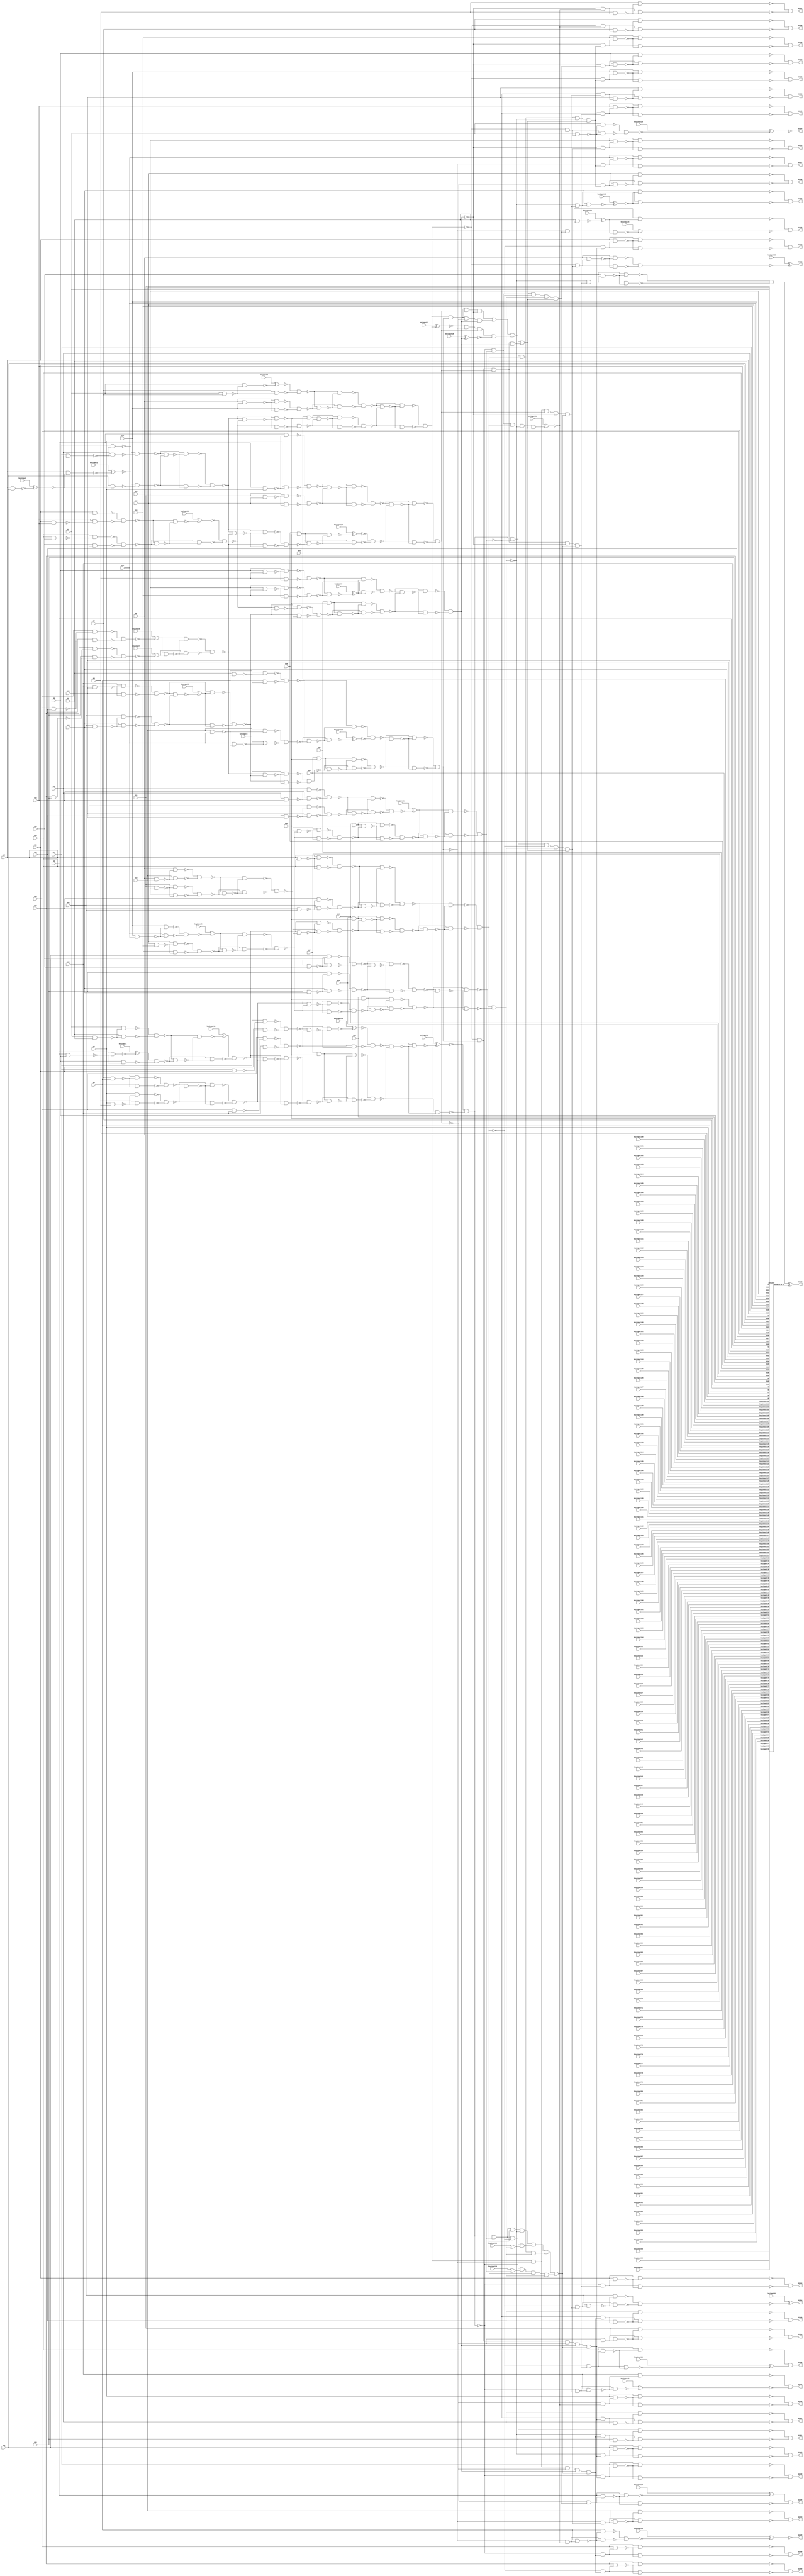
`timescale 1ns / 1ps
module c1355_NR1550 (G1,G10,G11,G12,G13,G1324,G1325,G1326,G1327,G1328,G1329,G1330,
  G1331,G1332,G1333,G1334,G1335,G1336,G1337,G1338,G1339,G1340,G1341,G1342,
  G1343,G1344,G1345,G1346,G1347,G1348,G1349,G1350,G1351,G1352,G1353,G1354,
  G1355,G14,G15,G16,G17,G18,G19,G2,G20,G21,G22,G23,G24,G25,G26,G27,G28,G29,G3,
                  G30,G31,G32,G33,G34,G35,G36,G37,G38,G39,G4,G40,G41,G5,G6,G7,G8,G9,
        keyinput0, keyinput1, keyinput2, keyinput3, keyinput4,
        keyinput5, keyinput6, keyinput7, keyinput8, keyinput9,
        keyinput10, keyinput11, keyinput12, keyinput13, keyinput14,
        keyinput15, keyinput16, keyinput17, keyinput18, keyinput19,
        keyinput20, keyinput21, keyinput22, keyinput23, keyinput24,
        keyinput25, keyinput26, keyinput27, keyinput28, keyinput29,
                  keyinput30, keyinput31,
        keyinput32, keyinput33, keyinput34, keyinput35, keyinput36,
        keyinput37, keyinput38, keyinput39, keyinput40, keyinput41,
        keyinput42, keyinput43, keyinput44, keyinput45, keyinput46,
        keyinput47, keyinput48, keyinput49, keyinput50, keyinput51,
        keyinput52, keyinput53, keyinput54, keyinput55, keyinput56,
        keyinput57, keyinput58, keyinput59, keyinput60, keyinput61,
        keyinput62, keyinput63, keyinput64, keyinput65, keyinput66,
        keyinput67, keyinput68, keyinput69, keyinput70, keyinput71,
        keyinput72, keyinput73, keyinput74, keyinput75, keyinput76,
        keyinput77, keyinput78, keyinput79, keyinput80, keyinput81,
        keyinput82, keyinput83, keyinput84, keyinput85, keyinput86,
        keyinput87, keyinput88, keyinput89, keyinput90, keyinput91,
        keyinput92, keyinput93, keyinput94, keyinput95, keyinput96,
        keyinput97, keyinput98, keyinput99, keyinput100, keyinput101,
        keyinput102, keyinput103, keyinput104, keyinput105, keyinput106,
        keyinput107, keyinput108, keyinput109, keyinput110, keyinput111,
                  keyinput112, keyinput113,
        keyinput114, keyinput115, keyinput116, keyinput117, keyinput118,
        keyinput119, keyinput120, keyinput121, keyinput122, keyinput123,
        keyinput124, keyinput125, keyinput126, keyinput127, keyinput128,
        keyinput129, keyinput130, keyinput131, keyinput132, keyinput133,
        keyinput134, keyinput135, keyinput136, keyinput137, keyinput138,
        keyinput139, keyinput140, keyinput141, keyinput142, keyinput143,
        keyinput144, keyinput145, keyinput146, keyinput147, keyinput148,
        keyinput149, keyinput150, keyinput151, keyinput152, keyinput153,
        keyinput154);

  input keyinput114, keyinput115, keyinput116, keyinput117, keyinput118;
  input keyinput119, keyinput120, keyinput121, keyinput122, keyinput123;
  input keyinput124, keyinput125, keyinput126, keyinput127, keyinput128;
  input keyinput129, keyinput130, keyinput131, keyinput132, keyinput133;
  input keyinput134, keyinput135, keyinput136, keyinput137, keyinput138;
  input keyinput139, keyinput140, keyinput141, keyinput142, keyinput143;
  input keyinput144, keyinput145, keyinput146, keyinput147, keyinput148;
  input keyinput149, keyinput150, keyinput151, keyinput152, keyinput153;
  input keyinput154;


  input keyinput32, keyinput33, keyinput34, keyinput35, keyinput36;
  input keyinput37, keyinput38, keyinput39, keyinput40, keyinput41;
  input keyinput42, keyinput43, keyinput44, keyinput45, keyinput46;
  input keyinput47, keyinput48, keyinput49, keyinput50, keyinput51;
  input keyinput52, keyinput53, keyinput54, keyinput55, keyinput56;
  input keyinput57, keyinput58, keyinput59, keyinput60, keyinput61;
  input keyinput62, keyinput63, keyinput64, keyinput65, keyinput66;
  input keyinput67, keyinput68, keyinput69, keyinput70, keyinput71;
  input keyinput72, keyinput73, keyinput74, keyinput75, keyinput76;
  input keyinput77, keyinput78, keyinput79, keyinput80, keyinput81;
  input keyinput82, keyinput83, keyinput84, keyinput85, keyinput86;
  input keyinput87, keyinput88, keyinput89, keyinput90, keyinput91;
  input keyinput92, keyinput93, keyinput94, keyinput95, keyinput96;
  input keyinput97, keyinput98, keyinput99, keyinput100, keyinput101;
  input keyinput102, keyinput103, keyinput104, keyinput105, keyinput106;
  input keyinput107, keyinput108, keyinput109, keyinput110, keyinput111;
  input keyinput112, keyinput113;

  wire KeyWire_0_1 , KeyWire_0_2;

  input keyinput0, keyinput1, keyinput2, keyinput3, keyinput4;
  input keyinput5, keyinput6, keyinput7, keyinput8, keyinput9;
  input keyinput10, keyinput11, keyinput12, keyinput13, keyinput14;
  input keyinput15, keyinput16, keyinput17, keyinput18, keyinput19;
  input keyinput20, keyinput21, keyinput22, keyinput23, keyinput24;
  input keyinput25, keyinput26, keyinput27, keyinput28, keyinput29;
  input keyinput30, keyinput31;

  wire [0:31] keyinput_Wire_0;
  wire [0:18] KeyNOTWire_0;
input G1,G2,G3,G4,G5,G6,G7,G8,G9,G10,G11,G12,G13,G14,G15,G16,G17,G18,G19,G20,
  G21,G22,G23,G24,G25,G26,G27,G28,G29,G30,G31,G32,G33,G34,G35,G36,G37,G38,G39,
  G40,G41;
output G1324,G1325,G1326,G1327,G1328,G1329,G1330,G1331,G1332,G1333,G1334,G1335,
  G1336,G1337,G1338,G1339,G1340,G1341,G1342,G1343,G1344,G1345,G1346,G1347,
  G1348,G1349,G1350,G1351,G1352,G1353,G1354,G1355;

  wire G242,G245,G248,G251,G254,G257,G260,G263,G266,G269,G272,G275,G278,G281,
    G284,G287,G290,G293,G296,G299,G302,G305,G308,G311,G314,G317,G320,G323,G326,
    G329,G332,G335,G338,G341,G344,G347,G350,G353,G356,G359,G362,G363,G364,G365,
    G366,G367,G368,G369,G370,G371,G372,G373,G374,G375,G376,G377,G378,G379,G380,
    G381,G382,G383,G384,G385,G386,G387,G388,G389,G390,G391,G392,G393,G394,G395,
    G396,G397,G398,G399,G400,G401,G402,G403,G404,G405,G406,G407,G408,G409,G410,
    G411,G412,G413,G414,G415,G416,G417,G418,G419,G420,G421,G422,G423,G424,G425,
    G426,G429,G432,G435,G438,G441,G444,G447,G450,G453,G456,G459,G462,G465,G468,
    G471,G474,G477,G480,G483,G486,G489,G492,G495,G498,G501,G504,G507,G510,G513,
    G516,G519,G522,G525,G528,G531,G534,G537,G540,G543,G546,G549,G552,G555,G558,
    G561,G564,G567,G570,G571,G572,G573,G574,G575,G576,G577,G578,G579,G580,G581,
    G582,G583,G584,G585,G586,G587,G588,G589,G590,G591,G592,G593,G594,G595,G596,
    G597,G598,G599,G600,G601,G602,G607,G612,G617,G622,G627,G632,G637,G642,G645,
    G648,G651,G654,G657,G660,G663,G666,G669,G672,G675,G678,G681,G684,G687,G690,
    G691,G692,G693,G694,G695,G696,G697,G698,G699,G700,G701,G702,G703,G704,G705,
    G706,G709,G712,G715,G718,G721,G724,G727,G730,G733,G736,G739,G742,G745,G748,
    G751,G754,G755,G756,G757,G758,G759,G760,G761,G762,G763,G764,G765,G766,G767,
    G768,G769,G770,G773,G776,G779,G782,G785,G788,G791,G794,G797,G800,G803,G806,
    G809,G812,G815,G818,G819,G820,G821,G822,G823,G824,G825,G826,G827,G828,G829,
    G830,G831,G832,G833,G834,G847,G860,G873,G886,G899,G912,G925,G938,G939,G940,
    G941,G942,G943,G944,G945,G946,G947,G948,G949,G950,G951,G952,G953,G954,G955,
    G956,G957,G958,G959,G960,G961,G962,G963,G964,G965,G966,G967,G968,G969,G970,
    G971,G972,G973,G974,G975,G976,G977,G978,G979,G980,G981,G982,G983,G984,G985,
    G986,G991,G996,G1001,G1006,G1011,G1016,G1021,G1026,G1031,G1036,G1039,G1042,
    G1045,G1048,G1051,G1054,G1057,G1060,G1063,G1066,G1069,G1072,G1075,G1078,
    G1081,G1084,G1087,G1090,G1093,G1096,G1099,G1102,G1105,G1108,G1111,G1114,
    G1117,G1120,G1123,G1126,G1129,G1132,G1135,G1138,G1141,G1144,G1147,G1150,
    G1153,G1156,G1159,G1162,G1165,G1168,G1171,G1174,G1177,G1180,G1183,G1186,
    G1189,G1192,G1195,G1198,G1201,G1204,G1207,G1210,G1213,G1216,G1219,G1222,
    G1225,G1228,G1229,G1230,G1231,G1232,G1233,G1234,G1235,G1236,G1237,G1238,
    G1239,G1240,G1241,G1242,G1243,G1244,G1245,G1246,G1247,G1248,G1249,G1250,
    G1251,G1252,G1253,G1254,G1255,G1256,G1257,G1258,G1259,G1260,G1261,G1262,
    G1263,G1264,G1265,G1266,G1267,G1268,G1269,G1270,G1271,G1272,G1273,G1274,
    G1275,G1276,G1277,G1278,G1279,G1280,G1281,G1282,G1283,G1284,G1285,G1286,
    G1287,G1288,G1289,G1290,G1291,G1292,G1293,G1294,G1295,G1296,G1297,G1298,
    G1299,G1300,G1301,G1302,G1303,G1304,G1305,G1306,G1307,G1308,G1309,G1310,
    G1311,G1312,G1313,G1314,G1315,G1316,G1317,G1318,G1319,G1320,G1321,G1322,
    G1323;

  and AND2_0(G242,G33,G41);
  and AND2_1(G245,G34,G41);
  and AND2_2(G248,G35,G41);
  and AND2_3(G251,G36,G41);
  and AND2_4(G254,G37,G41);
  and AND2_5(G257,G38,G41);
  and AND2_6(G260,G39,G41);
  and AND2_7(G263,G40,G41);
  nand NAND2_0(G266,G1,G2);
  nand NAND2_1(G269,G3,G4);
  nand NAND2_2(G272,G5,G6);
  nand NAND2_3(G275,G7,G8);
  nand NAND2_4(G278,G9,G10);
  nand NAND2_5(G281,G11,G12);
  nand NAND2_6(G284,G13,G14);
  nand NAND2_7(G287,G15,G16);
  nand NAND2_8(G290,G17,G18);
  nand NAND2_9(keyinput_Wire_0[0], G19,G20);
  xor keyGate_0_0(KeyNOTWire_0[0], keyinput0, keyinput_Wire_0[0]);
  not KeyNOTGate_0_0(G293, KeyNOTWire_0[0]);
  nand NAND2_10(G296,G21,G22);
  nand NAND2_11(G299,G23,G24);
  nand NAND2_12(G302,G25,G26);
  nand NAND2_13(G305,G27,G28);
  nand NAND2_14(G308,G29,G30);
  nand NAND2_15(G311,G31,G32);
  nand NAND2_16(G314,G1,G5);
  nand NAND2_17(G317,G9,G13);
  nand NAND2_18(G320,G2,G6);
  nand NAND2_19(G323,G10,G14);
  nand NAND2_20(G326,G3,G7);
  nand NAND2_21(G329,G11,G15);
  nand NAND2_22(G332,G4,G8);
  nand NAND2_23(G335,G12,G16);
  nand NAND2_24(G338,G17,G21);
  nand NAND2_25(G341,G25,G29);
  nand NAND2_26(G344,G18,G22);
  nand NAND2_27(G347,G26,G30);
  nand NAND2_28(G350,G19,G23);
  nand NAND2_29(G353,G27,G31);
  nand NAND2_30(G356,G20,G24);
  nand NAND2_31(G359,G28,G32);
  nand NAND2_32(G362,G1,G266);
  nand NAND2_33(G363,G2,G266);
  nand NAND2_34(keyinput_Wire_0[1], G3,G269);
  xnor keyGate_0_1(KeyNOTWire_0[1], keyinput1, keyinput_Wire_0[1]);
  not KeyNOTGate_0_1(G364, KeyNOTWire_0[1]);
  nand NAND2_35(G365,G4,G269);
  nand NAND2_36(G366,G5,G272);
  nand NAND2_37(G367,G6,G272);
  nand NAND2_38(G368,G7,G275);
  nand NAND2_39(G369,G8,G275);
  nand NAND2_40(G370,G9,G278);
  nand NAND2_41(G371,G10,G278);
  nand NAND2_42(G372,G11,G281);
  nand NAND2_43(G373,G12,G281);
  nand NAND2_44(G374,G13,G284);
  nand NAND2_45(G375,G14,G284);
  nand NAND2_46(G376,G15,G287);
  nand NAND2_47(G377,G16,G287);
  nand NAND2_48(G378,G17,G290);
  nand NAND2_49(G379,G18,G290);
  nand NAND2_50(keyinput_Wire_0[2], G19,G293);
  xor keyGate_0_2(KeyNOTWire_0[2], keyinput2, keyinput_Wire_0[2]);
  not KeyNOTGate_0_2(G380, KeyNOTWire_0[2]);
  nand NAND2_51(G381,G20,G293);
  nand NAND2_52(G382,G21,G296);
  nand NAND2_53(G383,G22,G296);
  nand NAND2_54(G384,G23,G299);
  nand NAND2_55(G385,G24,G299);
  nand NAND2_56(G386,G25,G302);
  nand NAND2_57(G387,G26,G302);
  nand NAND2_58(G388,G27,G305);
  nand NAND2_59(G389,G28,G305);
  nand NAND2_60(G390,G29,G308);
  nand NAND2_61(G391,G30,G308);
  nand NAND2_62(G392,G31,G311);
  nand NAND2_63(G393,G32,G311);
  nand NAND2_64(keyinput_Wire_0[3], G1,G314);
  xnor keyGate_0_3(G394, keyinput3, keyinput_Wire_0[3]);
  nand NAND2_65(G395,G5,G314);
  nand NAND2_66(G396,G9,G317);
  nand NAND2_67(G397,G13,G317);
  nand NAND2_68(G398,G2,G320);
  nand NAND2_69(G399,G6,G320);
  nand NAND2_70(G400,G10,G323);
  nand NAND2_71(keyinput_Wire_0[4], G14,G323);
  xnor keyGate_0_4(G401, keyinput4, keyinput_Wire_0[4]);
  nand NAND2_72(G402,G3,G326);
  nand NAND2_73(G403,G7,G326);
  nand NAND2_74(G404,G11,G329);
  nand NAND2_75(G405,G15,G329);
  nand NAND2_76(G406,G4,G332);
  nand NAND2_77(G407,G8,G332);
  nand NAND2_78(G408,G12,G335);
  nand NAND2_79(G409,G16,G335);
  nand NAND2_80(G410,G17,G338);
  nand NAND2_81(G411,G21,G338);
  nand NAND2_82(G412,G25,G341);
  nand NAND2_83(G413,G29,G341);
  nand NAND2_84(G414,G18,G344);
  nand NAND2_85(G415,G22,G344);
  nand NAND2_86(G416,G26,G347);
  nand NAND2_87(G417,G30,G347);
  nand NAND2_88(G418,G19,G350);
  nand NAND2_89(G419,G23,G350);
  nand NAND2_90(G420,G27,G353);
  nand NAND2_91(G421,G31,G353);
  nand NAND2_92(G422,G20,G356);
  nand NAND2_93(G423,G24,G356);
  nand NAND2_94(G424,G28,G359);
  nand NAND2_95(G425,G32,G359);
  nand NAND2_96(G426,G362,G363);
  nand NAND2_97(G429,G364,G365);
  nand NAND2_98(G432,G366,G367);
  nand NAND2_99(G435,G368,G369);
  nand NAND2_100(G438,G370,G371);
  nand NAND2_101(G441,G372,G373);
  nand NAND2_102(keyinput_Wire_0[5], G374,G375);
  xor keyGate_0_5(G444, keyinput5, keyinput_Wire_0[5]);
  nand NAND2_103(G447,G376,G377);
  nand NAND2_104(G450,G378,G379);
  nand NAND2_105(G453,G380,G381);
  nand NAND2_106(G456,G382,G383);
  nand NAND2_107(G459,G384,G385);
  nand NAND2_108(keyinput_Wire_0[6], G386,G387);
  xnor keyGate_0_6(KeyNOTWire_0[3], keyinput6, keyinput_Wire_0[6]);
  not KeyNOTGate_0_3(G462, KeyNOTWire_0[3]);
  nand NAND2_109(keyinput_Wire_0[7], G388,G389);
  xnor keyGate_0_7(KeyNOTWire_0[4], keyinput7, keyinput_Wire_0[7]);
  not KeyNOTGate_0_4(G465, KeyNOTWire_0[4]);
  nand NAND2_110(G468,G390,G391);
  nand NAND2_111(G471,G392,G393);
  nand NAND2_112(G474,G394,G395);
  nand NAND2_113(G477,G396,G397);
  nand NAND2_114(G480,G398,G399);
  nand NAND2_115(G483,G400,G401);
  nand NAND2_116(G486,G402,G403);
  nand NAND2_117(G489,G404,G405);
  nand NAND2_118(G492,G406,G407);
  nand NAND2_119(G495,G408,G409);
  nand NAND2_120(G498,G410,G411);
  nand NAND2_121(G501,G412,G413);
  nand NAND2_122(G504,G414,G415);
  nand NAND2_123(G507,G416,G417);
  nand NAND2_124(G510,G418,G419);
  nand NAND2_125(G513,G420,G421);
  nand NAND2_126(G516,G422,G423);
  nand NAND2_127(G519,G424,G425);
  nand NAND2_128(G522,G426,G429);
  nand NAND2_129(G525,G432,G435);
  nand NAND2_130(G528,G438,G441);
  nand NAND2_131(G531,G444,G447);
  nand NAND2_132(G534,G450,G453);
  nand NAND2_133(G537,G456,G459);
  nand NAND2_134(G540,G462,G465);
  nand NAND2_135(keyinput_Wire_0[8], G468,G471);
  xnor keyGate_0_8(KeyNOTWire_0[5], keyinput8, keyinput_Wire_0[8]);
  not KeyNOTGate_0_5(G543, KeyNOTWire_0[5]);
  nand NAND2_136(G546,G474,G477);
  nand NAND2_137(G549,G480,G483);
  nand NAND2_138(G552,G486,G489);
  nand NAND2_139(keyinput_Wire_0[9], G492,G495);
  xor keyGate_0_9(G555, keyinput9, keyinput_Wire_0[9]);
  nand NAND2_140(G558,G498,G501);
  nand NAND2_141(G561,G504,G507);
  nand NAND2_142(G564,G510,G513);
  nand NAND2_143(G567,G516,G519);
  nand NAND2_144(keyinput_Wire_0[10], G426,G522);
  xnor keyGate_0_10(KeyNOTWire_0[6], keyinput10, keyinput_Wire_0[10]);
  not KeyNOTGate_0_6(G570, KeyNOTWire_0[6]);
  nand NAND2_145(G571,G429,G522);
  nand NAND2_146(G572,G432,G525);
  nand NAND2_147(G573,G435,G525);
  nand NAND2_148(G574,G438,G528);
  nand NAND2_149(G575,G441,G528);
  nand NAND2_150(G576,G444,G531);
  nand NAND2_151(G577,G447,G531);
  nand NAND2_152(G578,G450,G534);
  nand NAND2_153(G579,G453,G534);
  nand NAND2_154(keyinput_Wire_0[11], G456,G537);
  xnor keyGate_0_11(G580, keyinput11, keyinput_Wire_0[11]);
  nand NAND2_155(G581,G459,G537);
  nand NAND2_156(G582,G462,G540);
  nand NAND2_157(G583,G465,G540);
  nand NAND2_158(G584,G468,G543);
  nand NAND2_159(G585,G471,G543);
  nand NAND2_160(G586,G474,G546);
  nand NAND2_161(G587,G477,G546);
  nand NAND2_162(G588,G480,G549);
  nand NAND2_163(keyinput_Wire_0[12], G483,G549);
  xor keyGate_0_12(KeyNOTWire_0[7], keyinput12, keyinput_Wire_0[12]);
  not KeyNOTGate_0_7(G589, KeyNOTWire_0[7]);
  nand NAND2_164(G590,G486,G552);
  nand NAND2_165(G591,G489,G552);
  nand NAND2_166(G592,G492,G555);
  nand NAND2_167(G593,G495,G555);
  nand NAND2_168(keyinput_Wire_0[13], G498,G558);
  xor keyGate_0_13(KeyNOTWire_0[8], keyinput13, keyinput_Wire_0[13]);
  not KeyNOTGate_0_8(G594, KeyNOTWire_0[8]);
  nand NAND2_169(G595,G501,G558);
  nand NAND2_170(G596,G504,G561);
  nand NAND2_171(G597,G507,G561);
  nand NAND2_172(G598,G510,G564);
  nand NAND2_173(G599,G513,G564);
  nand NAND2_174(G600,G516,G567);
  nand NAND2_175(G601,G519,G567);
  nand NAND2_176(G602,G570,G571);
  nand NAND2_177(G607,G572,G573);
  nand NAND2_178(G612,G574,G575);
  nand NAND2_179(G617,G576,G577);
  nand NAND2_180(G622,G578,G579);
  nand NAND2_181(G627,G580,G581);
  nand NAND2_182(G632,G582,G583);
  nand NAND2_183(G637,G584,G585);
  nand NAND2_184(G642,G586,G587);
  nand NAND2_185(G645,G588,G589);
  nand NAND2_186(G648,G590,G591);
  nand NAND2_187(G651,G592,G593);
  nand NAND2_188(G654,G594,G595);
  nand NAND2_189(keyinput_Wire_0[14], G596,G597);
  xor keyGate_0_14(G657, keyinput14, keyinput_Wire_0[14]);
  nand NAND2_190(G660,G598,G599);
  nand NAND2_191(G663,G600,G601);
  nand NAND2_192(G666,G602,G607);
  nand NAND2_193(G669,G612,G617);
  nand NAND2_194(G672,G602,G612);
  nand NAND2_195(G675,G607,G617);
  nand NAND2_196(G678,G622,G627);
  nand NAND2_197(G681,G632,G637);
  nand NAND2_198(G684,G622,G632);
  nand NAND2_199(G687,G627,G637);
  nand NAND2_200(G690,G602,G666);
  nand NAND2_201(G691,G607,G666);
  nand NAND2_202(G692,G612,G669);
  nand NAND2_203(G693,G617,G669);
  nand NAND2_204(G694,G602,G672);
  nand NAND2_205(G695,G612,G672);
  nand NAND2_206(G696,G607,G675);
  nand NAND2_207(G697,G617,G675);
  nand NAND2_208(G698,G622,G678);
  nand NAND2_209(G699,G627,G678);
  nand NAND2_210(G700,G632,G681);
  nand NAND2_211(G701,G637,G681);
  nand NAND2_212(G702,G622,G684);
  nand NAND2_213(G703,G632,G684);
  nand NAND2_214(G704,G627,G687);
  nand NAND2_215(G705,G637,G687);
  nand NAND2_216(G706,G690,G691);
  nand NAND2_217(G709,G692,G693);
  nand NAND2_218(G712,G694,G695);
  nand NAND2_219(G715,G696,G697);
  nand NAND2_220(G718,G698,G699);
  nand NAND2_221(G721,G700,G701);
  nand NAND2_222(G724,G702,G703);
  nand NAND2_223(G727,G704,G705);
  nand NAND2_224(G730,G242,G718);
  nand NAND2_225(G733,G245,G721);
  nand NAND2_226(G736,G248,G724);
  nand NAND2_227(G739,G251,G727);
  nand NAND2_228(G742,G254,G706);
  nand NAND2_229(G745,G257,G709);
  nand NAND2_230(G748,G260,G712);
  nand NAND2_231(G751,G263,G715);
  nand NAND2_232(G754,G242,G730);
  nand NAND2_233(G755,G718,G730);
  nand NAND2_234(G756,G245,G733);
  nand NAND2_235(G757,G721,G733);
  nand NAND2_236(keyinput_Wire_0[15], G248,G736);
  xnor keyGate_0_15(G758, keyinput15, keyinput_Wire_0[15]);
  nand NAND2_237(G759,G724,G736);
  nand NAND2_238(G760,G251,G739);
  nand NAND2_239(G761,G727,G739);
  nand NAND2_240(G762,G254,G742);
  nand NAND2_241(G763,G706,G742);
  nand NAND2_242(G764,G257,G745);
  nand NAND2_243(G765,G709,G745);
  nand NAND2_244(G766,G260,G748);
  nand NAND2_245(G767,G712,G748);
  nand NAND2_246(G768,G263,G751);
  nand NAND2_247(G769,G715,G751);
  nand NAND2_248(G770,G754,G755);
  nand NAND2_249(G773,G756,G757);
  nand NAND2_250(G776,G758,G759);
  nand NAND2_251(G779,G760,G761);
  nand NAND2_252(G782,G762,G763);
  nand NAND2_253(G785,G764,G765);
  nand NAND2_254(G788,G766,G767);
  nand NAND2_255(G791,G768,G769);
  nand NAND2_256(G794,G642,G770);
  nand NAND2_257(G797,G645,G773);
  nand NAND2_258(G800,G648,G776);
  nand NAND2_259(G803,G651,G779);
  nand NAND2_260(G806,G654,G782);
  nand NAND2_261(G809,G657,G785);
  nand NAND2_262(G812,G660,G788);
  nand NAND2_263(G815,G663,G791);
  nand NAND2_264(G818,G642,G794);
  nand NAND2_265(G819,G770,G794);
  nand NAND2_266(G820,G645,G797);
  nand NAND2_267(G821,G773,G797);
  nand NAND2_268(G822,G648,G800);
  nand NAND2_269(G823,G776,G800);
  nand NAND2_270(G824,G651,G803);
  nand NAND2_271(G825,G779,G803);
  nand NAND2_272(keyinput_Wire_0[16], G654,G806);
  xor keyGate_0_16(KeyNOTWire_0[9], keyinput16, keyinput_Wire_0[16]);
  not KeyNOTGate_0_9(G826, KeyNOTWire_0[9]);
  nand NAND2_273(G827,G782,G806);
  nand NAND2_274(G828,G657,G809);
  nand NAND2_275(G829,G785,G809);
  nand NAND2_276(G830,G660,G812);
  nand NAND2_277(G831,G788,G812);
  nand NAND2_278(G832,G663,G815);
  nand NAND2_279(G833,G791,G815);
  nand NAND2_280(G834,G818,G819);
  nand NAND2_281(G847,G820,G821);
  nand NAND2_282(G860,G822,G823);
  nand NAND2_283(G873,G824,G825);
  nand NAND2_284(G886,G828,G829);
  nand NAND2_285(G899,G832,G833);
  nand NAND2_286(G912,G830,G831);
  nand NAND2_287(G925,G826,G827);
  not NOT_0(G938,G834);
  not NOT_1(G939,G847);
  not NOT_2(G940,G860);
  not NOT_3(G941,G834);
  not NOT_4(G942,G847);
  not NOT_5(G943,G873);
  not NOT_6(keyinput_Wire_0[17], G834);
  xor keyGate_0_17(KeyNOTWire_0[10], keyinput17, keyinput_Wire_0[17]);
  not KeyNOTGate_0_10(G944, KeyNOTWire_0[10]);
  not NOT_7(G945,G860);
  not NOT_8(keyinput_Wire_0[18], G873);
  xor keyGate_0_18(KeyNOTWire_0[11], keyinput18, keyinput_Wire_0[18]);
  not KeyNOTGate_0_11(G946, KeyNOTWire_0[11]);
  not NOT_9(G947,G847);
  not NOT_10(G948,G860);
  not NOT_11(G949,G873);
  not NOT_12(G950,G886);
  not NOT_13(G951,G899);
  not NOT_14(G952,G886);
  not NOT_15(G953,G912);
  not NOT_16(G954,G925);
  not NOT_17(G955,G899);
  not NOT_18(G956,G925);
  not NOT_19(G957,G912);
  not NOT_20(G958,G925);
  not NOT_21(G959,G886);
  not NOT_22(G960,G912);
  not NOT_23(G961,G925);
  not NOT_24(G962,G886);
  not NOT_25(keyinput_Wire_0[19], G899);
  xnor keyGate_0_19(KeyNOTWire_0[12], keyinput19, keyinput_Wire_0[19]);
  not KeyNOTGate_0_12(G963, KeyNOTWire_0[12]);
  not NOT_26(G964,G925);
  not NOT_27(G965,G912);
  not NOT_28(G966,G899);
  not NOT_29(keyinput_Wire_0[20], G886);
  xnor keyGate_0_20(KeyNOTWire_0[13], keyinput20, keyinput_Wire_0[20]);
  not KeyNOTGate_0_13(G967, KeyNOTWire_0[13]);
  not NOT_30(G968,G912);
  not NOT_31(G969,G899);
  not NOT_32(G970,G847);
  not NOT_33(G971,G873);
  not NOT_34(G972,G847);
  not NOT_35(G973,G860);
  not NOT_36(G974,G834);
  not NOT_37(G975,G873);
  not NOT_38(G976,G834);
  not NOT_39(G977,G860);
  and AND4_0(G978,G938,G939,G940,G873);
  and AND4_1(G979,G941,G942,G860,G943);
  and AND4_2(G980,G944,G847,G945,G946);
  and AND4_3(G981,G834,G947,G948,G949);
  and AND4_4(G982,G958,G959,G960,G899);
  and AND4_5(G983,G961,G962,G912,G963);
  and AND4_6(G984,G964,G886,G965,G966);
  and AND4_7(G985,G925,G967,G968,G969);
  or OR4_0(G986,G978,G979,G980,G981);
  or OR4_1(G991,G982,G983,G984,G985);
  and AND5_0(G996,G925,G950,G912,G951,G986);
  and AND5_1(keyinput_Wire_0[21], G925,G952,G953,G899,G986);
  xnor keyGate_0_21(G1001, keyinput21, keyinput_Wire_0[21]);
  and AND5_2(G1006,G954,G886,G912,G955,G986);
  and AND5_3(G1011,G956,G886,G957,G899,G986);
  and AND5_4(G1016,G834,G970,G860,G971,G991);
  and AND5_5(G1021,G834,G972,G973,G873,G991);
  and AND5_6(G1026,G974,G847,G860,G975,G991);
  and AND5_7(G1031,G976,G847,G977,G873,G991);
  and AND2_8(G1036,G834,G996);
  and AND2_9(G1039,G847,G996);
  and AND2_10(G1042,G860,G996);
  and AND2_11(G1045,G873,G996);
  and AND2_12(G1048,G834,G1001);
  and AND2_13(G1051,G847,G1001);
  and AND2_14(G1054,G860,G1001);
  and AND2_15(G1057,G873,G1001);
  and AND2_16(G1060,G834,G1006);
  and AND2_17(G1063,G847,G1006);
  and AND2_18(G1066,G860,G1006);
  and AND2_19(G1069,G873,G1006);
  and AND2_20(G1072,G834,G1011);
  and AND2_21(G1075,G847,G1011);
  and AND2_22(G1078,G860,G1011);
  and AND2_23(G1081,G873,G1011);
  and AND2_24(G1084,G925,G1016);
  and AND2_25(G1087,G886,G1016);
  and AND2_26(G1090,G912,G1016);
  and AND2_27(G1093,G899,G1016);
  and AND2_28(G1096,G925,G1021);
  and AND2_29(G1099,G886,G1021);
  and AND2_30(G1102,G912,G1021);
  and AND2_31(G1105,G899,G1021);
  and AND2_32(G1108,G925,G1026);
  and AND2_33(G1111,G886,G1026);
  and AND2_34(G1114,G912,G1026);
  and AND2_35(G1117,G899,G1026);
  and AND2_36(G1120,G925,G1031);
  and AND2_37(G1123,G886,G1031);
  and AND2_38(G1126,G912,G1031);
  and AND2_39(G1129,G899,G1031);
  nand NAND2_288(G1132,G1,G1036);
  nand NAND2_289(keyinput_Wire_0[22], G2,G1039);
  xor keyGate_0_22(G1135, keyinput22, keyinput_Wire_0[22]);
  nand NAND2_290(G1138,G3,G1042);
  nand NAND2_291(G1141,G4,G1045);
  nand NAND2_292(G1144,G5,G1048);
  nand NAND2_293(G1147,G6,G1051);
  nand NAND2_294(G1150,G7,G1054);
  nand NAND2_295(G1153,G8,G1057);
  nand NAND2_296(G1156,G9,G1060);
  nand NAND2_297(G1159,G10,G1063);
  nand NAND2_298(G1162,G11,G1066);
  nand NAND2_299(G1165,G12,G1069);
  nand NAND2_300(G1168,G13,G1072);
  nand NAND2_301(G1171,G14,G1075);
  nand NAND2_302(G1174,G15,G1078);
  nand NAND2_303(G1177,G16,G1081);
  nand NAND2_304(G1180,G17,G1084);
  nand NAND2_305(G1183,G18,G1087);
  nand NAND2_306(G1186,G19,G1090);
  nand NAND2_307(G1189,G20,G1093);
  nand NAND2_308(G1192,G21,G1096);
  nand NAND2_309(G1195,G22,G1099);
  nand NAND2_310(G1198,G23,G1102);
  nand NAND2_311(G1201,G24,G1105);
  nand NAND2_312(G1204,G25,G1108);
  nand NAND2_313(G1207,G26,G1111);
  nand NAND2_314(G1210,G27,G1114);
  nand NAND2_315(G1213,G28,G1117);
  nand NAND2_316(G1216,G29,G1120);
  nand NAND2_317(G1219,G30,G1123);
  nand NAND2_318(G1222,G31,G1126);
  nand NAND2_319(keyinput_Wire_0[23], G32,G1129);
  xor keyGate_0_23(KeyNOTWire_0[14], keyinput23, keyinput_Wire_0[23]);
  not KeyNOTGate_0_14(G1225, KeyNOTWire_0[14]);
  nand NAND2_320(G1228,G1,G1132);
  nand NAND2_321(G1229,G1036,G1132);
  nand NAND2_322(G1230,G2,G1135);
  nand NAND2_323(keyinput_Wire_0[24], G1039,G1135);
  xor keyGate_0_24(KeyNOTWire_0[15], keyinput24, keyinput_Wire_0[24]);
  not KeyNOTGate_0_15(G1231, KeyNOTWire_0[15]);
  nand NAND2_324(keyinput_Wire_0[25], G3,G1138);
  xnor keyGate_0_25(KeyNOTWire_0[16], keyinput25, keyinput_Wire_0[25]);
  not KeyNOTGate_0_16(G1232, KeyNOTWire_0[16]);
  nand NAND2_325(G1233,G1042,G1138);
  nand NAND2_326(G1234,G4,G1141);
  nand NAND2_327(G1235,G1045,G1141);
  nand NAND2_328(G1236,G5,G1144);
  nand NAND2_329(G1237,G1048,G1144);
  nand NAND2_330(G1238,G6,G1147);
  nand NAND2_331(G1239,G1051,G1147);
  nand NAND2_332(G1240,G7,G1150);
  nand NAND2_333(G1241,G1054,G1150);
  nand NAND2_334(G1242,G8,G1153);
  nand NAND2_335(G1243,G1057,G1153);
  nand NAND2_336(G1244,G9,G1156);
  nand NAND2_337(G1245,G1060,G1156);
  nand NAND2_338(G1246,G10,G1159);
  nand NAND2_339(G1247,G1063,G1159);
  nand NAND2_340(G1248,G11,G1162);
  nand NAND2_341(G1249,G1066,G1162);
  nand NAND2_342(G1250,G12,G1165);
  nand NAND2_343(G1251,G1069,G1165);
  nand NAND2_344(G1252,G13,G1168);
  nand NAND2_345(G1253,G1072,G1168);
  nand NAND2_346(G1254,G14,G1171);
  nand NAND2_347(G1255,G1075,G1171);
  nand NAND2_348(G1256,G15,G1174);
  nand NAND2_349(G1257,G1078,G1174);
  nand NAND2_350(G1258,G16,G1177);
  nand NAND2_351(G1259,G1081,G1177);
  nand NAND2_352(G1260,G17,G1180);
  nand NAND2_353(G1261,G1084,G1180);
  nand NAND2_354(G1262,G18,G1183);
  nand NAND2_355(G1263,G1087,G1183);
  nand NAND2_356(G1264,G19,G1186);
  nand NAND2_357(G1265,G1090,G1186);
  nand NAND2_358(G1266,G20,G1189);
  nand NAND2_359(G1267,G1093,G1189);
  nand NAND2_360(G1268,G21,G1192);
  nand NAND2_361(G1269,G1096,G1192);
  nand NAND2_362(G1270,G22,G1195);
  nand NAND2_363(G1271,G1099,G1195);
  nand NAND2_364(G1272,G23,G1198);
  nand NAND2_365(keyinput_Wire_0[26], G1102,G1198);
  xor keyGate_0_26(G1273, keyinput26, keyinput_Wire_0[26]);
  nand NAND2_366(G1274,G24,G1201);
  nand NAND2_367(G1275,G1105,G1201);
  nand NAND2_368(G1276,G25,G1204);
  nand NAND2_369(G1277,G1108,G1204);
  nand NAND2_370(G1278,G26,G1207);
  nand NAND2_371(G1279,G1111,G1207);
  nand NAND2_372(G1280,G27,G1210);
  nand NAND2_373(G1281,G1114,G1210);
  nand NAND2_374(G1282,G28,G1213);
  nand NAND2_375(G1283,G1117,G1213);
  nand NAND2_376(G1284,G29,G1216);
  nand NAND2_377(keyinput_Wire_0[27], G1120,G1216);
  xnor keyGate_0_27(G1285, keyinput27, keyinput_Wire_0[27]);
  nand NAND2_378(G1286,G30,G1219);
  nand NAND2_379(G1287,G1123,G1219);
  nand NAND2_380(G1288,G31,G1222);
  nand NAND2_381(G1289,G1126,G1222);
  nand NAND2_382(G1290,G32,G1225);
  nand NAND2_383(G1291,G1129,G1225);
  nand NAND2_384(keyinput_Wire_0[28], G1228,G1229);
  xor keyGate_0_28(G1292, keyinput28, keyinput_Wire_0[28]);
  nand NAND2_385(G1293,G1230,G1231);
  nand NAND2_386(G1294,G1232,G1233);
  nand NAND2_387(G1295,G1234,G1235);
  nand NAND2_388(G1296,G1236,G1237);
  nand NAND2_389(keyinput_Wire_0[29], G1238,G1239);
  xor keyGate_0_29(G1297, keyinput29, keyinput_Wire_0[29]);
  nand NAND2_390(G1298,G1240,G1241);
  nand NAND2_391(G1299,G1242,G1243);
  nand NAND2_392(keyinput_Wire_0[30], G1244,G1245);
  xor keyGate_0_30(KeyNOTWire_0[17], keyinput30, keyinput_Wire_0[30]);
  not KeyNOTGate_0_17(G1300, KeyNOTWire_0[17]);
  nand NAND2_393(G1301,G1246,G1247);
  nand NAND2_394(G1302,G1248,G1249);
  nand NAND2_395(G1303,G1250,G1251);
  nand NAND2_396(G1304,G1252,G1253);
  nand NAND2_397(G1305,G1254,G1255);
  nand NAND2_398(G1306,G1256,G1257);
  nand NAND2_399(G1307,G1258,G1259);
  nand NAND2_400(G1308,G1260,G1261);
  nand NAND2_401(G1309,G1262,G1263);
  nand NAND2_402(G1310,G1264,G1265);
  nand NAND2_403(G1311,G1266,G1267);
  nand NAND2_404(G1312,G1268,G1269);
  nand NAND2_405(G1313,G1270,G1271);
  nand NAND2_406(G1314,G1272,G1273);
  nand NAND2_407(G1315,G1274,G1275);
  nand NAND2_408(G1316,G1276,G1277);
  nand NAND2_409(G1317,G1278,G1279);
  nand NAND2_410(G1318,G1280,G1281);
  nand NAND2_411(G1319,G1282,G1283);
  nand NAND2_412(G1320,G1284,G1285);
  nand NAND2_413(G1321,G1286,G1287);
  nand NAND2_414(keyinput_Wire_0[31], G1288,G1289);
  xor keyGate_0_31(KeyNOTWire_0[18], keyinput31, keyinput_Wire_0[31]);
  not KeyNOTGate_0_18(G1322, KeyNOTWire_0[18]);
  nand NAND2_415(G1323,G1290,G1291);
  not NOT_40(G1324,G1292);
  not NOT_41(G1325,G1293);
  not NOT_42(G1326,G1294);
  not NOT_43(G1327,G1295);
  not NOT_44(G1328,G1296);
  not NOT_45(G1329,G1297);
  not NOT_46(G1330,G1298);
  not NOT_47(G1331,G1299);
  not NOT_48(G1332,G1300);
  not NOT_49(G1333,G1301);
  not NOT_50(G1334,G1302);
  not NOT_51(G1335,G1303);
  not NOT_52(G1336,G1304);
  not NOT_53(G1337,G1305);
  not NOT_54(G1338,G1306);
  not NOT_55(G1339,G1307);
  not NOT_56(G1340,G1308);
  not NOT_57(G1341,G1309);
  not NOT_58(G1342,G1310);
  not NOT_59(G1343,G1311);
  not NOT_60(G1344,G1312);
  not NOT_61(G1345,G1313);
  not NOT_62(G1346,G1314);
  not NOT_63(KeyWire_0_1,G1315);
  xor flip_it (G1347, KeyWire_0_1, KeyWire_0_2 );
  not NOT_64(G1348,G1316);
  not NOT_65(G1349,G1317);
  not NOT_66(G1350,G1318);
  not NOT_67(G1351,G1319);
  not NOT_68(G1352,G1320);
  not NOT_69(G1353,G1321);
  not NOT_70(G1354,G1322);
  not NOT_71(G1355,G1323);

AntiSAT some_name( KeyWire_0_2, G9, G38, G29, G21, G2, G1, G39, G7, G5, G40, G22, G23, G17, G12, G31, G34, G16, G33, G36, G19, G32, G35, G25, G26, G11, G14, G10, G4, G37, G20, G27, G28, G41, G6, G13, G3, G18, G24, G8, G15, G30, keyinput32, keyinput33, keyinput34, keyinput35, keyinput36, keyinput37, keyinput38, keyinput39, keyinput40, keyinput41, keyinput42, keyinput43, keyinput44, keyinput45, keyinput46, keyinput47, keyinput48, keyinput49, keyinput50, keyinput51, keyinput52, keyinput53, keyinput54, keyinput55, keyinput56, keyinput57, keyinput58, keyinput59, keyinput60, keyinput61, keyinput62, keyinput63, keyinput64, keyinput65, keyinput66, keyinput67, keyinput68, keyinput69, keyinput70, keyinput71, keyinput72, keyinput73, keyinput74, keyinput75, keyinput76, keyinput77, keyinput78, keyinput79, keyinput80, keyinput81, keyinput82, keyinput83, keyinput84, keyinput85, keyinput86, keyinput87, keyinput88, keyinput89, keyinput90, keyinput91, keyinput92, keyinput93, keyinput94, keyinput95, keyinput96, keyinput97, keyinput98, keyinput99, keyinput100, keyinput101, keyinput102, keyinput103, keyinput104, keyinput105, keyinput106, keyinput107, keyinput108, keyinput109, keyinput110, keyinput111, keyinput112, keyinput113,
       keyinput114, keyinput115, keyinput116, keyinput117, keyinput118,
       keyinput119, keyinput120, keyinput121, keyinput122, keyinput123,
       keyinput124, keyinput125, keyinput126, keyinput127, keyinput128,
       keyinput129, keyinput130, keyinput131, keyinput132, keyinput133,
       keyinput134, keyinput135, keyinput136, keyinput137, keyinput138,
       keyinput139, keyinput140, keyinput141, keyinput142, keyinput143,
       keyinput144, keyinput145, keyinput146, keyinput147, keyinput148,
       keyinput149, keyinput150, keyinput151, keyinput152, keyinput153,
       keyinput154);

endmodule


/*************************************************************************/

module AntiSAT (KeyWire_0_2, G9, G38, G29, G21, G2, G1, G39, G7, G5, G40, G22, G23, G17, G12, G31, G34, G16, G33, G36, G19, G32, G35, G25, G26, G11, G14, G10, G4, G37, G20, G27, G28, G41, G6, G13, G3, G18, G24, G8, G15, G30, keyinput32, keyinput33, keyinput34, keyinput35, keyinput36, keyinput37, keyinput38, keyinput39, keyinput40, keyinput41, keyinput42, keyinput43, keyinput44, keyinput45, keyinput46, keyinput47, keyinput48, keyinput49, keyinput50, keyinput51, keyinput52, keyinput53, keyinput54, keyinput55, keyinput56, keyinput57, keyinput58, keyinput59, keyinput60, keyinput61, keyinput62, keyinput63, keyinput64, keyinput65, keyinput66, keyinput67, keyinput68, keyinput69, keyinput70, keyinput71, keyinput72, keyinput73, keyinput74, keyinput75, keyinput76, keyinput77, keyinput78, keyinput79, keyinput80, keyinput81, keyinput82, keyinput83, keyinput84, keyinput85, keyinput86, keyinput87, keyinput88, keyinput89, keyinput90, keyinput91, keyinput92, keyinput93, keyinput94, keyinput95, keyinput96, keyinput97, keyinput98, keyinput99, keyinput100, keyinput101, keyinput102, keyinput103, keyinput104, keyinput105, keyinput106, keyinput107, keyinput108, keyinput109, keyinput110, keyinput111, keyinput112, keyinput113 ,
        keyinput114, keyinput115, keyinput116, keyinput117, keyinput118,
        keyinput119, keyinput120, keyinput121, keyinput122, keyinput123,
        keyinput124, keyinput125, keyinput126, keyinput127, keyinput128,
        keyinput129, keyinput130, keyinput131, keyinput132, keyinput133,
        keyinput134, keyinput135, keyinput136, keyinput137, keyinput138,
        keyinput139, keyinput140, keyinput141, keyinput142, keyinput143,
        keyinput144, keyinput145, keyinput146, keyinput147, keyinput148,
        keyinput149, keyinput150, keyinput151, keyinput152, keyinput153,
        keyinput154);

  input keyinput114, keyinput115, keyinput116, keyinput117, keyinput118;
  input keyinput119, keyinput120, keyinput121, keyinput122, keyinput123;
  input keyinput124, keyinput125, keyinput126, keyinput127, keyinput128;
  input keyinput129, keyinput130, keyinput131, keyinput132, keyinput133;
  input keyinput134, keyinput135, keyinput136, keyinput137, keyinput138;
  input keyinput139, keyinput140, keyinput141, keyinput142, keyinput143;
  input keyinput144, keyinput145, keyinput146, keyinput147, keyinput148;
  input keyinput149, keyinput150, keyinput151, keyinput152, keyinput153;
  input keyinput154;

  wire [0:40] keyNTin_Wire_1;
  wire [0:22] KeyNOTWire_1;

  input G9, G38, G29, G21, G2, G1, G39, G7, G5, G40, G22, G23, G17, G12, G31, G34, G16, G33, G36, G19, G32, G35, G25, G26, G11, G14, G10, G4, G37, G20, G27, G28, G41, G6, G13, G3, G18, G24, G8, G15, G30;
  input keyinput32, keyinput33, keyinput34, keyinput35, keyinput36, keyinput37, keyinput38, keyinput39, keyinput40, keyinput41, keyinput42, keyinput43, keyinput44, keyinput45, keyinput46, keyinput47, keyinput48, keyinput49, keyinput50, keyinput51, keyinput52, keyinput53, keyinput54, keyinput55, keyinput56, keyinput57, keyinput58, keyinput59, keyinput60, keyinput61, keyinput62, keyinput63, keyinput64, keyinput65, keyinput66, keyinput67, keyinput68, keyinput69, keyinput70, keyinput71, keyinput72, keyinput73, keyinput74, keyinput75, keyinput76, keyinput77, keyinput78, keyinput79, keyinput80, keyinput81, keyinput82, keyinput83, keyinput84, keyinput85, keyinput86, keyinput87, keyinput88, keyinput89, keyinput90, keyinput91, keyinput92, keyinput93, keyinput94, keyinput95, keyinput96, keyinput97, keyinput98, keyinput99, keyinput100, keyinput101, keyinput102, keyinput103, keyinput104, keyinput105, keyinput106, keyinput107, keyinput108, keyinput109, keyinput110, keyinput111, keyinput112, keyinput113;
  output KeyWire_0_2;
  wire newWire_0, newWire_1, newWire_2, newWire_3, newWire_4, newWire_5, newWire_6, newWire_7, newWire_8, newWire_9, newWire_10, newWire_11, newWire_12, newWire_13, newWire_14, newWire_15, newWire_16, newWire_17, newWire_18, newWire_19, newWire_20, newWire_21, newWire_22, newWire_23, newWire_24, newWire_25, newWire_26, newWire_27, newWire_28, newWire_29, newWire_30, newWire_31, newWire_32, newWire_33, newWire_34, newWire_35, newWire_36, newWire_37, newWire_38, newWire_39, newWire_40, newWire_41, newWire_42, newWire_43, newWire_44, newWire_45, newWire_46, newWire_47, newWire_48, newWire_49, newWire_50, newWire_51, newWire_52, newWire_53, newWire_54, newWire_55, newWire_56, newWire_57, newWire_58, newWire_59, newWire_60, newWire_61, newWire_62, newWire_63, newWire_64, newWire_65, newWire_66, newWire_67, newWire_68, newWire_69, newWire_70, newWire_71, newWire_72, newWire_73, newWire_74, newWire_75, newWire_76, newWire_77, newWire_78, newWire_79, newWire_80, newWire_81, newWire_82, newWire_83 ;

  xnor KeyGate0 (keyNTin_Wire_1[0], G9, keyinput32);
  xnor keyNTinGate_1_0(newWire_0, keyinput114, keyNTin_Wire_1[0]);
  xnor KeyGate1 (newWire_1, G38, keyinput33);
  xnor KeyGate2 (newWire_2, G29, keyinput34);
  xor  KeyGate3 (keyNTin_Wire_1[1], G21, keyinput35);
  xnor keyNTinGate_1_1(KeyNOTWire_1[0], keyinput115, keyNTin_Wire_1[1]);
  not KeyNOTGate_1_0(newWire_3, KeyNOTWire_1[0]);
  xnor KeyGate4 (newWire_4, G2, keyinput36);
  xor  KeyGate5 (newWire_5, G1, keyinput37);
  xor  KeyGate6 (keyNTin_Wire_1[2], G39, keyinput38);
  xnor keyNTinGate_1_2(KeyNOTWire_1[1], keyinput116, keyNTin_Wire_1[2]);
  not KeyNOTGate_1_1(newWire_6, KeyNOTWire_1[1]);
  xor  KeyGate7 (newWire_7, G7, keyinput39);
  xor  KeyGate8 (newWire_8, G5, keyinput40);
  xnor KeyGate9 (keyNTin_Wire_1[3], G40, keyinput41);
  xor keyNTinGate_1_3(KeyNOTWire_1[2], keyinput117, keyNTin_Wire_1[3]);
  not KeyNOTGate_1_2(newWire_9, KeyNOTWire_1[2]);
  xor  KeyGate10 (newWire_10, G22, keyinput42);
  xor  KeyGate11 (newWire_11, G23, keyinput43);
  xor  KeyGate12 (newWire_12, G17, keyinput44);
  xnor KeyGate13 (keyNTin_Wire_1[4], G12, keyinput45);
  xor keyNTinGate_1_4(newWire_13, keyinput118, keyNTin_Wire_1[4]);
  xnor KeyGate14 (keyNTin_Wire_1[5], G31, keyinput46);
  xor keyNTinGate_1_5(newWire_14, keyinput119, keyNTin_Wire_1[5]);
  xnor KeyGate15 (newWire_15, G34, keyinput47);
  xor  KeyGate16 (newWire_16, G16, keyinput48);
  xor  KeyGate17 (keyNTin_Wire_1[6], G33, keyinput49);
  xnor keyNTinGate_1_6(newWire_17, keyinput120, keyNTin_Wire_1[6]);
  xor  KeyGate18 (newWire_18, G36, keyinput50);
  xor  KeyGate19 (keyNTin_Wire_1[7], G19, keyinput51);
  xnor keyNTinGate_1_7(newWire_19, keyinput121, keyNTin_Wire_1[7]);
  xor  KeyGate20 (newWire_20, G32, keyinput52);
  xnor KeyGate21 (newWire_21, G35, keyinput53);
  xnor KeyGate22 (keyNTin_Wire_1[8], G25, keyinput54);
  xor keyNTinGate_1_8(KeyNOTWire_1[3], keyinput122, keyNTin_Wire_1[8]);
  not KeyNOTGate_1_3(newWire_22, KeyNOTWire_1[3]);
  xor  KeyGate23 (newWire_23, G26, keyinput55);
  xor  KeyGate24 (newWire_24, G11, keyinput56);
  xnor KeyGate25 (newWire_25, G14, keyinput57);
  xor  KeyGate26 (newWire_26, G10, keyinput58);
  xor  KeyGate27 (newWire_27, G4, keyinput59);
  xnor KeyGate28 (keyNTin_Wire_1[9], G37, keyinput60);
  xnor keyNTinGate_1_9(KeyNOTWire_1[4], keyinput123, keyNTin_Wire_1[9]);
  not KeyNOTGate_1_4(newWire_28, KeyNOTWire_1[4]);
  xor  KeyGate29 (keyNTin_Wire_1[10], G20, keyinput61);
  xnor keyNTinGate_1_10(KeyNOTWire_1[5], keyinput124, keyNTin_Wire_1[10]);
  not KeyNOTGate_1_5(newWire_29, KeyNOTWire_1[5]);
  xnor KeyGate30 (newWire_30, G27, keyinput62);
  xor  KeyGate31 (keyNTin_Wire_1[11], G28, keyinput63);
  xor keyNTinGate_1_11(newWire_31, keyinput125, keyNTin_Wire_1[11]);
  xnor KeyGate32 (newWire_32, G41, keyinput64);
  xnor KeyGate33 (newWire_33, G6, keyinput65);
  xor  KeyGate34 (keyNTin_Wire_1[12], G13, keyinput66);
  xor keyNTinGate_1_12(newWire_34, keyinput126, keyNTin_Wire_1[12]);
  xor  KeyGate35 (keyNTin_Wire_1[13], G3, keyinput67);
  xor keyNTinGate_1_13(newWire_35, keyinput127, keyNTin_Wire_1[13]);
  xor  KeyGate36 (keyNTin_Wire_1[14], G18, keyinput68);
  xor keyNTinGate_1_14(newWire_36, keyinput128, keyNTin_Wire_1[14]);
  xor  KeyGate37 (newWire_37, G24, keyinput69);
  xnor KeyGate38 (keyNTin_Wire_1[15], G8, keyinput70);
  xor keyNTinGate_1_15(KeyNOTWire_1[6], keyinput129, keyNTin_Wire_1[15]);
  not KeyNOTGate_1_6(newWire_38, KeyNOTWire_1[6]);
  xor  KeyGate39 (newWire_39, G15, keyinput71);
  xor  KeyGate40 (keyNTin_Wire_1[16], G30, keyinput72);
  xor keyNTinGate_1_16(newWire_40, keyinput130, keyNTin_Wire_1[16]);
  xor  KeyGate41 (keyNTin_Wire_1[17], G9, keyinput73);
  xnor keyNTinGate_1_17(newWire_41, keyinput131, keyNTin_Wire_1[17]);
  xor  KeyGate42 (newWire_42, G38, keyinput74);
  xor  KeyGate43 (keyNTin_Wire_1[18], G29, keyinput75);
  xor keyNTinGate_1_18(KeyNOTWire_1[7], keyinput132, keyNTin_Wire_1[18]);
  not KeyNOTGate_1_7(newWire_43, KeyNOTWire_1[7]);
  xor  KeyGate44 (keyNTin_Wire_1[19], G21, keyinput76);
  xor keyNTinGate_1_19(newWire_44, keyinput133, keyNTin_Wire_1[19]);
  xnor KeyGate45 (newWire_45, G2, keyinput77);
  xor  KeyGate46 (keyNTin_Wire_1[20], G1, keyinput78);
  xnor keyNTinGate_1_20(KeyNOTWire_1[8], keyinput134, keyNTin_Wire_1[20]);
  not KeyNOTGate_1_8(newWire_46, KeyNOTWire_1[8]);
  xnor KeyGate47 (keyNTin_Wire_1[21], G39, keyinput79);
  xor keyNTinGate_1_21(KeyNOTWire_1[9], keyinput135, keyNTin_Wire_1[21]);
  not KeyNOTGate_1_9(newWire_47, KeyNOTWire_1[9]);
  xnor KeyGate48 (newWire_48, G7, keyinput80);
  xnor KeyGate49 (newWire_49, G5, keyinput81);
  xor  KeyGate50 (newWire_50, G40, keyinput82);
  xnor KeyGate51 (newWire_51, G22, keyinput83);
  xor  KeyGate52 (keyNTin_Wire_1[22], G23, keyinput84);
  xnor keyNTinGate_1_22(KeyNOTWire_1[10], keyinput136, keyNTin_Wire_1[22]);
  not KeyNOTGate_1_10(newWire_52, KeyNOTWire_1[10]);
  xor  KeyGate53 (newWire_53, G17, keyinput85);
  xnor KeyGate54 (newWire_54, G12, keyinput86);
  xnor KeyGate55 (newWire_55, G31, keyinput87);
  xnor KeyGate56 (keyNTin_Wire_1[23], G34, keyinput88);
  xor keyNTinGate_1_23(KeyNOTWire_1[11], keyinput137, keyNTin_Wire_1[23]);
  not KeyNOTGate_1_11(newWire_56, KeyNOTWire_1[11]);
  xor  KeyGate57 (newWire_57, G16, keyinput89);
  xor  KeyGate58 (newWire_58, G33, keyinput90);
  xor  KeyGate59 (newWire_59, G36, keyinput91);
  xor  KeyGate60 (keyNTin_Wire_1[24], G19, keyinput92);
  xnor keyNTinGate_1_24(KeyNOTWire_1[12], keyinput138, keyNTin_Wire_1[24]);
  not KeyNOTGate_1_12(newWire_60, KeyNOTWire_1[12]);
  xnor KeyGate61 (newWire_61, G32, keyinput93);
  xnor KeyGate62 (newWire_62, G35, keyinput94);
  xor  KeyGate63 (keyNTin_Wire_1[25], G25, keyinput95);
  xnor keyNTinGate_1_25(KeyNOTWire_1[13], keyinput139, keyNTin_Wire_1[25]);
  not KeyNOTGate_1_13(newWire_63, KeyNOTWire_1[13]);
  xnor KeyGate64 (keyNTin_Wire_1[26], G26, keyinput96);
  xnor keyNTinGate_1_26(newWire_64, keyinput140, keyNTin_Wire_1[26]);
  xnor KeyGate65 (keyNTin_Wire_1[27], G11, keyinput97);
  xnor keyNTinGate_1_27(KeyNOTWire_1[14], keyinput141, keyNTin_Wire_1[27]);
  not KeyNOTGate_1_14(newWire_65, KeyNOTWire_1[14]);
  xnor KeyGate66 (keyNTin_Wire_1[28], G14, keyinput98);
  xnor keyNTinGate_1_28(newWire_66, keyinput142, keyNTin_Wire_1[28]);
  xor  KeyGate67 (keyNTin_Wire_1[29], G10, keyinput99);
  xnor keyNTinGate_1_29(newWire_67, keyinput143, keyNTin_Wire_1[29]);
  xnor KeyGate68 (newWire_68, G4, keyinput100);
  xnor KeyGate69 (keyNTin_Wire_1[30], G37, keyinput101);
  xnor keyNTinGate_1_30(KeyNOTWire_1[15], keyinput144, keyNTin_Wire_1[30]);
  not KeyNOTGate_1_15(newWire_69, KeyNOTWire_1[15]);
  xor  KeyGate70 (newWire_70, G20, keyinput102);
  xnor KeyGate71 (newWire_71, G27, keyinput103);
  xor  KeyGate72 (newWire_72, G28, keyinput104);
  xnor KeyGate73 (keyNTin_Wire_1[31], G41, keyinput105);
  xor keyNTinGate_1_31(KeyNOTWire_1[16], keyinput145, keyNTin_Wire_1[31]);
  not KeyNOTGate_1_16(newWire_73, KeyNOTWire_1[16]);
  xnor KeyGate74 (newWire_74, G6, keyinput106);
  xnor KeyGate75 (keyNTin_Wire_1[32], G13, keyinput107);
  xor keyNTinGate_1_32(KeyNOTWire_1[17], keyinput146, keyNTin_Wire_1[32]);
  not KeyNOTGate_1_17(newWire_75, KeyNOTWire_1[17]);
  xor  KeyGate76 (keyNTin_Wire_1[33], G3, keyinput108);
  xnor keyNTinGate_1_33(KeyNOTWire_1[18], keyinput147, keyNTin_Wire_1[33]);
  not KeyNOTGate_1_18(newWire_76, KeyNOTWire_1[18]);
  xnor KeyGate77 (keyNTin_Wire_1[34], G18, keyinput109);
  xnor keyNTinGate_1_34(KeyNOTWire_1[19], keyinput148, keyNTin_Wire_1[34]);
  not KeyNOTGate_1_19(newWire_77, KeyNOTWire_1[19]);
  xnor KeyGate78 (keyNTin_Wire_1[35], G24, keyinput110);
  xnor keyNTinGate_1_35(newWire_78, keyinput149, keyNTin_Wire_1[35]);
  xor  KeyGate79 (keyNTin_Wire_1[36], G8, keyinput111);
  xnor keyNTinGate_1_36(KeyNOTWire_1[20], keyinput150, keyNTin_Wire_1[36]);
  not KeyNOTGate_1_20(newWire_79, KeyNOTWire_1[20]);
  xor  KeyGate80 (keyNTin_Wire_1[37], G15, keyinput112);
  xnor keyNTinGate_1_37(KeyNOTWire_1[21], keyinput151, keyNTin_Wire_1[37]);
  not KeyNOTGate_1_21(newWire_80, KeyNOTWire_1[21]);
  xor  KeyGate81 (keyNTin_Wire_1[38], G30, keyinput113);
  xor keyNTinGate_1_38(newWire_81, keyinput152, keyNTin_Wire_1[38]);
  and some_function (keyNTin_Wire_1[39], newWire_0, newWire_1, newWire_2, newWire_3, newWire_4, newWire_5, newWire_6, newWire_7, newWire_8, newWire_9, newWire_10, newWire_11, newWire_12, newWire_13, newWire_14, newWire_15, newWire_16, newWire_17, newWire_18, newWire_19, newWire_20, newWire_21, newWire_22, newWire_23, newWire_24, newWire_25, newWire_26, newWire_27, newWire_28, newWire_29, newWire_30, newWire_31, newWire_32, newWire_33, newWire_34, newWire_35, newWire_36, newWire_37, newWire_38, newWire_39, newWire_40 );
  xnor keyNTinGate_1_39(KeyNOTWire_1[22], keyinput153, keyNTin_Wire_1[39]);
  not KeyNOTGate_1_22(newWire_82, KeyNOTWire_1[22]);
  nand compl_function (newWire_83, newWire_41, newWire_42, newWire_43, newWire_44, newWire_45, newWire_46, newWire_47, newWire_48, newWire_49, newWire_50, newWire_51, newWire_52, newWire_53, newWire_54, newWire_55, newWire_56, newWire_57, newWire_58, newWire_59, newWire_60, newWire_61, newWire_62, newWire_63, newWire_64, newWire_65, newWire_66, newWire_67, newWire_68, newWire_69, newWire_70, newWire_71, newWire_72, newWire_73, newWire_74, newWire_75, newWire_76, newWire_77, newWire_78, newWire_79, newWire_80, newWire_81);
  and finalAND (keyNTin_Wire_1[40], newWire_82, newWire_83);
  xor keyNTinGate_1_40(KeyWire_0_2, keyinput154, keyNTin_Wire_1[40]);

endmodule /* AntiSAT */